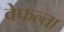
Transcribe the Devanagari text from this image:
वेफल्ता